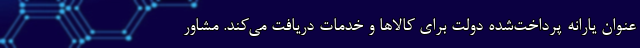
عنوان یارانه پرداخت‌شده دولت برای کالاها و خدمات دریافت می‌کند. مشاور